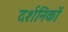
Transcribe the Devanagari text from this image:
दर्शनिकों